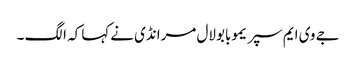
جے وی ایم سپریموبابولال مرانڈی نےکہا کہ الگ ۔